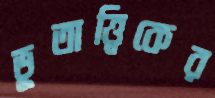
ভূতাত্ত্বিকের